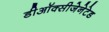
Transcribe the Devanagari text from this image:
डीऑक्सीजेनेटेड